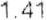
1.41